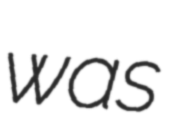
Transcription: was